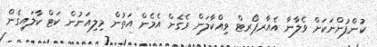
ކުންފުންނަކަށް ވެލާނާ އެއާރޕޯރޓް ވިއްކާލަން ވެގެން އެމެން އަތުން މިލިއަނުން ކަޓް ކާލައިގެން